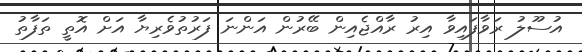
އުސޫލު ރަވާފައިވާ އިރު ރާއްޖެއިން ބޭރުން އަންނަ ފަރުތުވެރިޔާ އަށް އޮތީ ތަފާތު